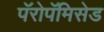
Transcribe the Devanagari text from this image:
पॅरोपॅमिसेड